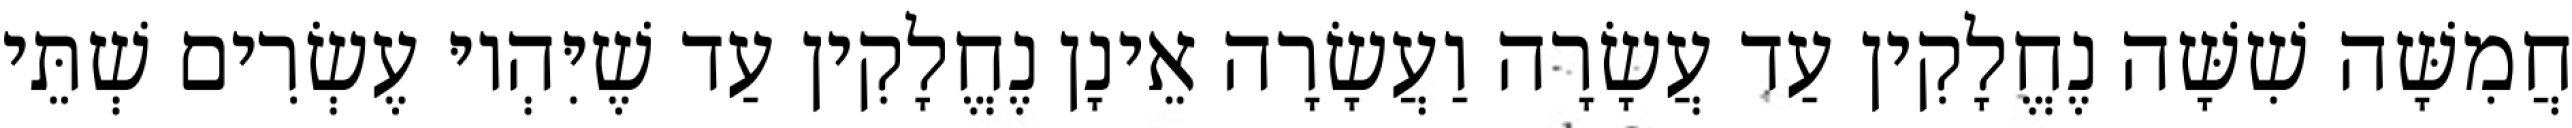
חֲמִשָּׁה שִׁשָּׁה נֶחֱלָקִין עַד עֲשָׂרָה וַעֲשָׂרָה אֵינָן נֶחֱלָקִין עַד שֶׁיִּהְיוּ עֶשְׂרִים שְׁתֵּי